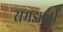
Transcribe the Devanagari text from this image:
समझातीं